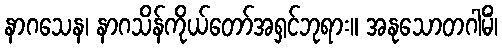
နာဂသေန၊ နာဂသိန်ကိုယ်တော်အရှင်ဘုရား။ အနုသောတဂါမိံ၊